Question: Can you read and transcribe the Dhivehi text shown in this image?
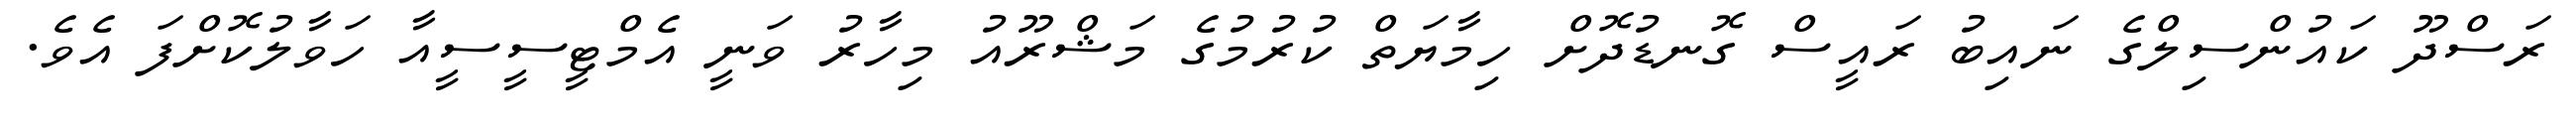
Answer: ރަސްދޫ ކައުންސިލްގެ ނައިބު ރައީސް ގޮނޑުދޮށް ހިމާޔަތް ކުރުމުގެ މަޝްރޫއު މިހާރު ވަނީ އެމްޓީސީސީއާ ހަވާލުކޮށްފަ އެވެ.